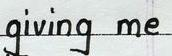
giving me